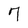
Character: 7